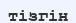
тізгін